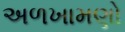
અળખામણો